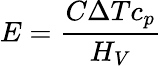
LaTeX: E={\frac{C\Delta Tc_{p}}{H_{V}}}